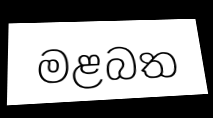
මළබත